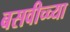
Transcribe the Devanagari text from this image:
बसवीच्च्या